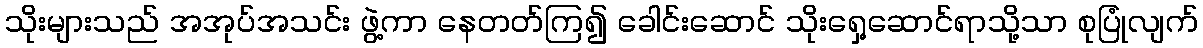
သိုးများသည် အအုပ်အသင်း ဖွဲ့ကာ နေတတ်ကြ၍ ခေါင်းဆောင် သိုးရှေ့ဆောင်ရာသို့သာ စုပြုံလျက်